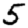
Digit: 5